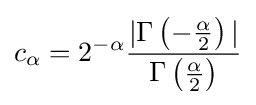
c_{\alpha }=2^{-\alpha }{\frac {|\Gamma \left(-{\frac {\alpha }{2}}\right)|}{\Gamma \left({\frac {\alpha }{2}}\right)}}